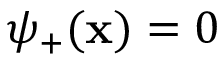
\psi _ { + } ( \mathbf { x } ) = 0